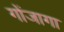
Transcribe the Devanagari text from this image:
गोंजागा